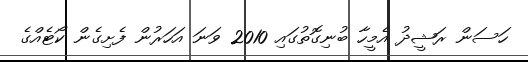
ހަސަން ރަޝީދު އެމީހާ ބުނިގޮތުގައި 2010 ވަނަ އަަހަރުން ފެށިގެން ކޯޓެއްގެ